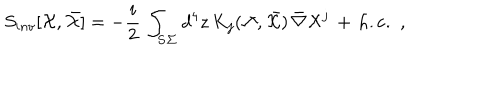
LaTeX: S _ { i n v } [ { \cal X } , \bar { { \cal X } } ] = - { \frac { i } { 2 } } \, \int _ { \bf { S \Sigma } } d ^ { 4 } z \, K _ { j } ( { \cal X } , \bar { { \cal X } } ) \, \bar { \nabla } { \cal X } ^ { j } \, + \, \mathrm { h . c . } \ \ ,